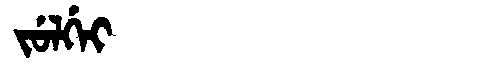
Manchu: ᠵᡠᠯᡤᡝᡳ
Romanization: JULGEI